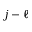
j - \ell